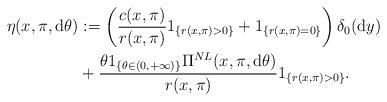
LaTeX: \begin{align*}\eta(x,\pi,{\rm d}\theta)&:=\left(\frac{c(x,\pi)}{r(x,\pi)}1_{\{r(x,\pi)>0\}}+1_{\{r(x,\pi)=0\}}\right)\delta_{0}({\rm d}y)\\&+\frac{\theta 1_{\{\theta\in (0,+\infty)\}}\Pi^{NL}(x,\pi,{\rm d}\theta)}{r(x,\pi)} 1_{\{r(x,\pi)>0\}}.\end{align*}